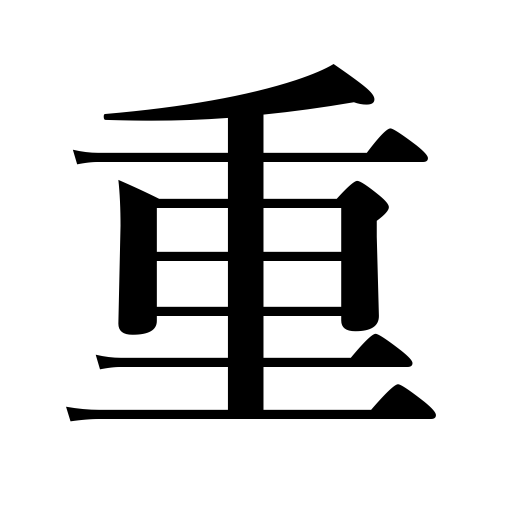
Meanings: lie on one another,oppressed,severe,repeat,pile up,massive,be piled,heap up,nest of boxes,important,double,serious,ply ,heavy,add